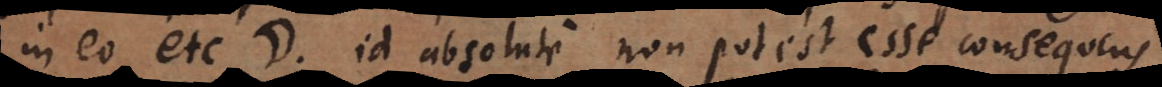
in eo etc. *, id absolute non potest esse consequens.